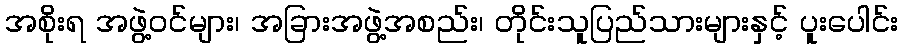
အစိုးရ အဖွဲ့ဝင်များ၊ အခြားအဖွဲ့အစည်း၊ တိုင်းသူပြည်သားများနှင့် ပူးပေါင်း